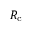
R _ { \mathrm { c } }